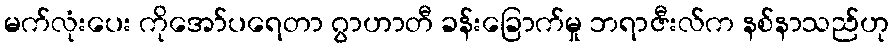
မက်လုံးပေး ကိုအော်ပရေတာ ဂွာဟာတီ ခန်းခြောက်မှု ဘရာဇီးလ်က နစ်နာသည်ဟု